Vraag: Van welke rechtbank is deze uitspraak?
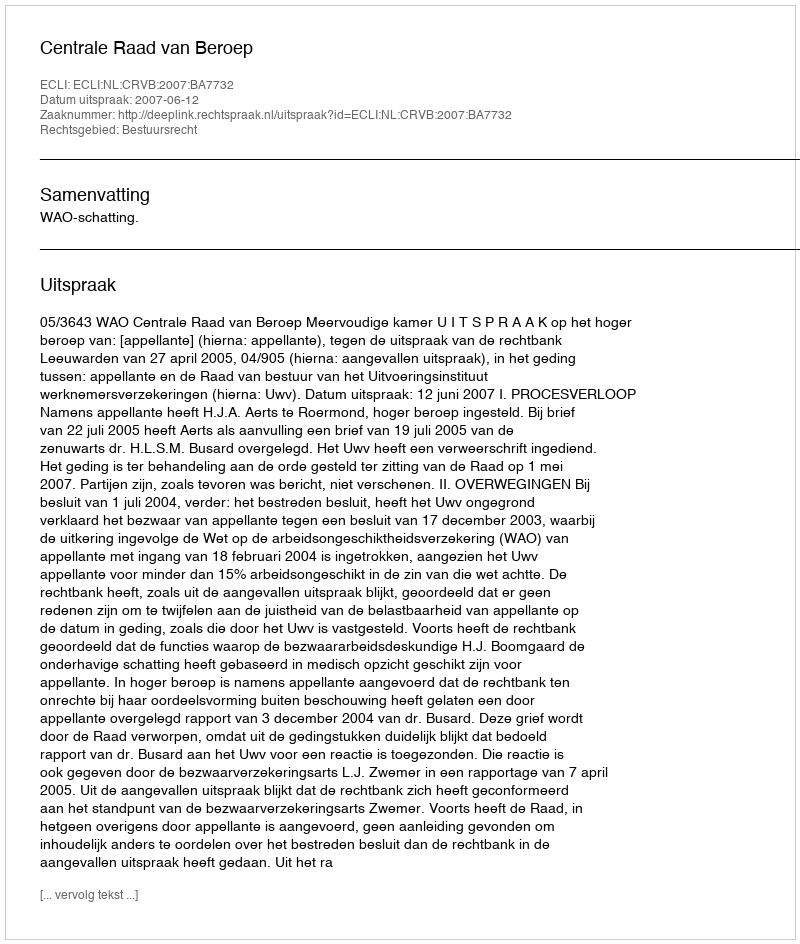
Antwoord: Centrale Raad van Beroep